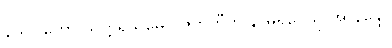
နယဂ္ဂါဟော သတ္တရသမေ ဝိဇဟတီတိ နာမရူပေသု အာနန္ဒော